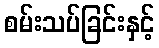
စမ်းသပ်ခြင်းနှင့်